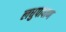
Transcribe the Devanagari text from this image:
लधुपाषाण